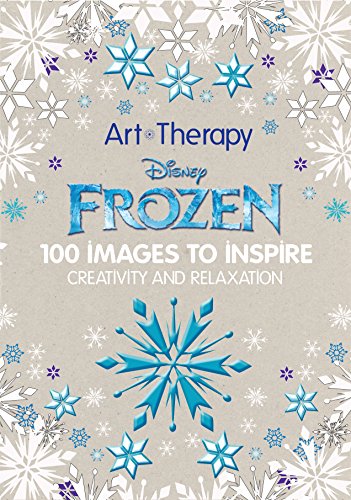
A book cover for Disney Frozen: 100 Images to Inspire Creativity and Relaxation (Art Therapy); Catherine Saunier-Talec; Humor & Entertainment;